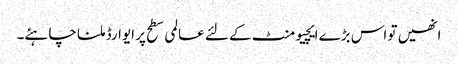
انھیں تو اس بڑے ایچیومنٹ کے لئے عالمی سطح پر ایوارڈ ملنا چاہئے۔